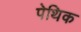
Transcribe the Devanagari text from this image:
पेथिक